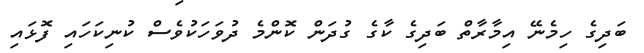
ބަދިގެ ހިމެނޭ އިމާރާތް ބަދިގެ ކާގެ ގުދަން ކޮންމެ ދުވަހަކުވެސް ކުނިކަހައި ފޮޅައި